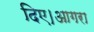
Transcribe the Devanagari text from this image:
दिए।आगरा